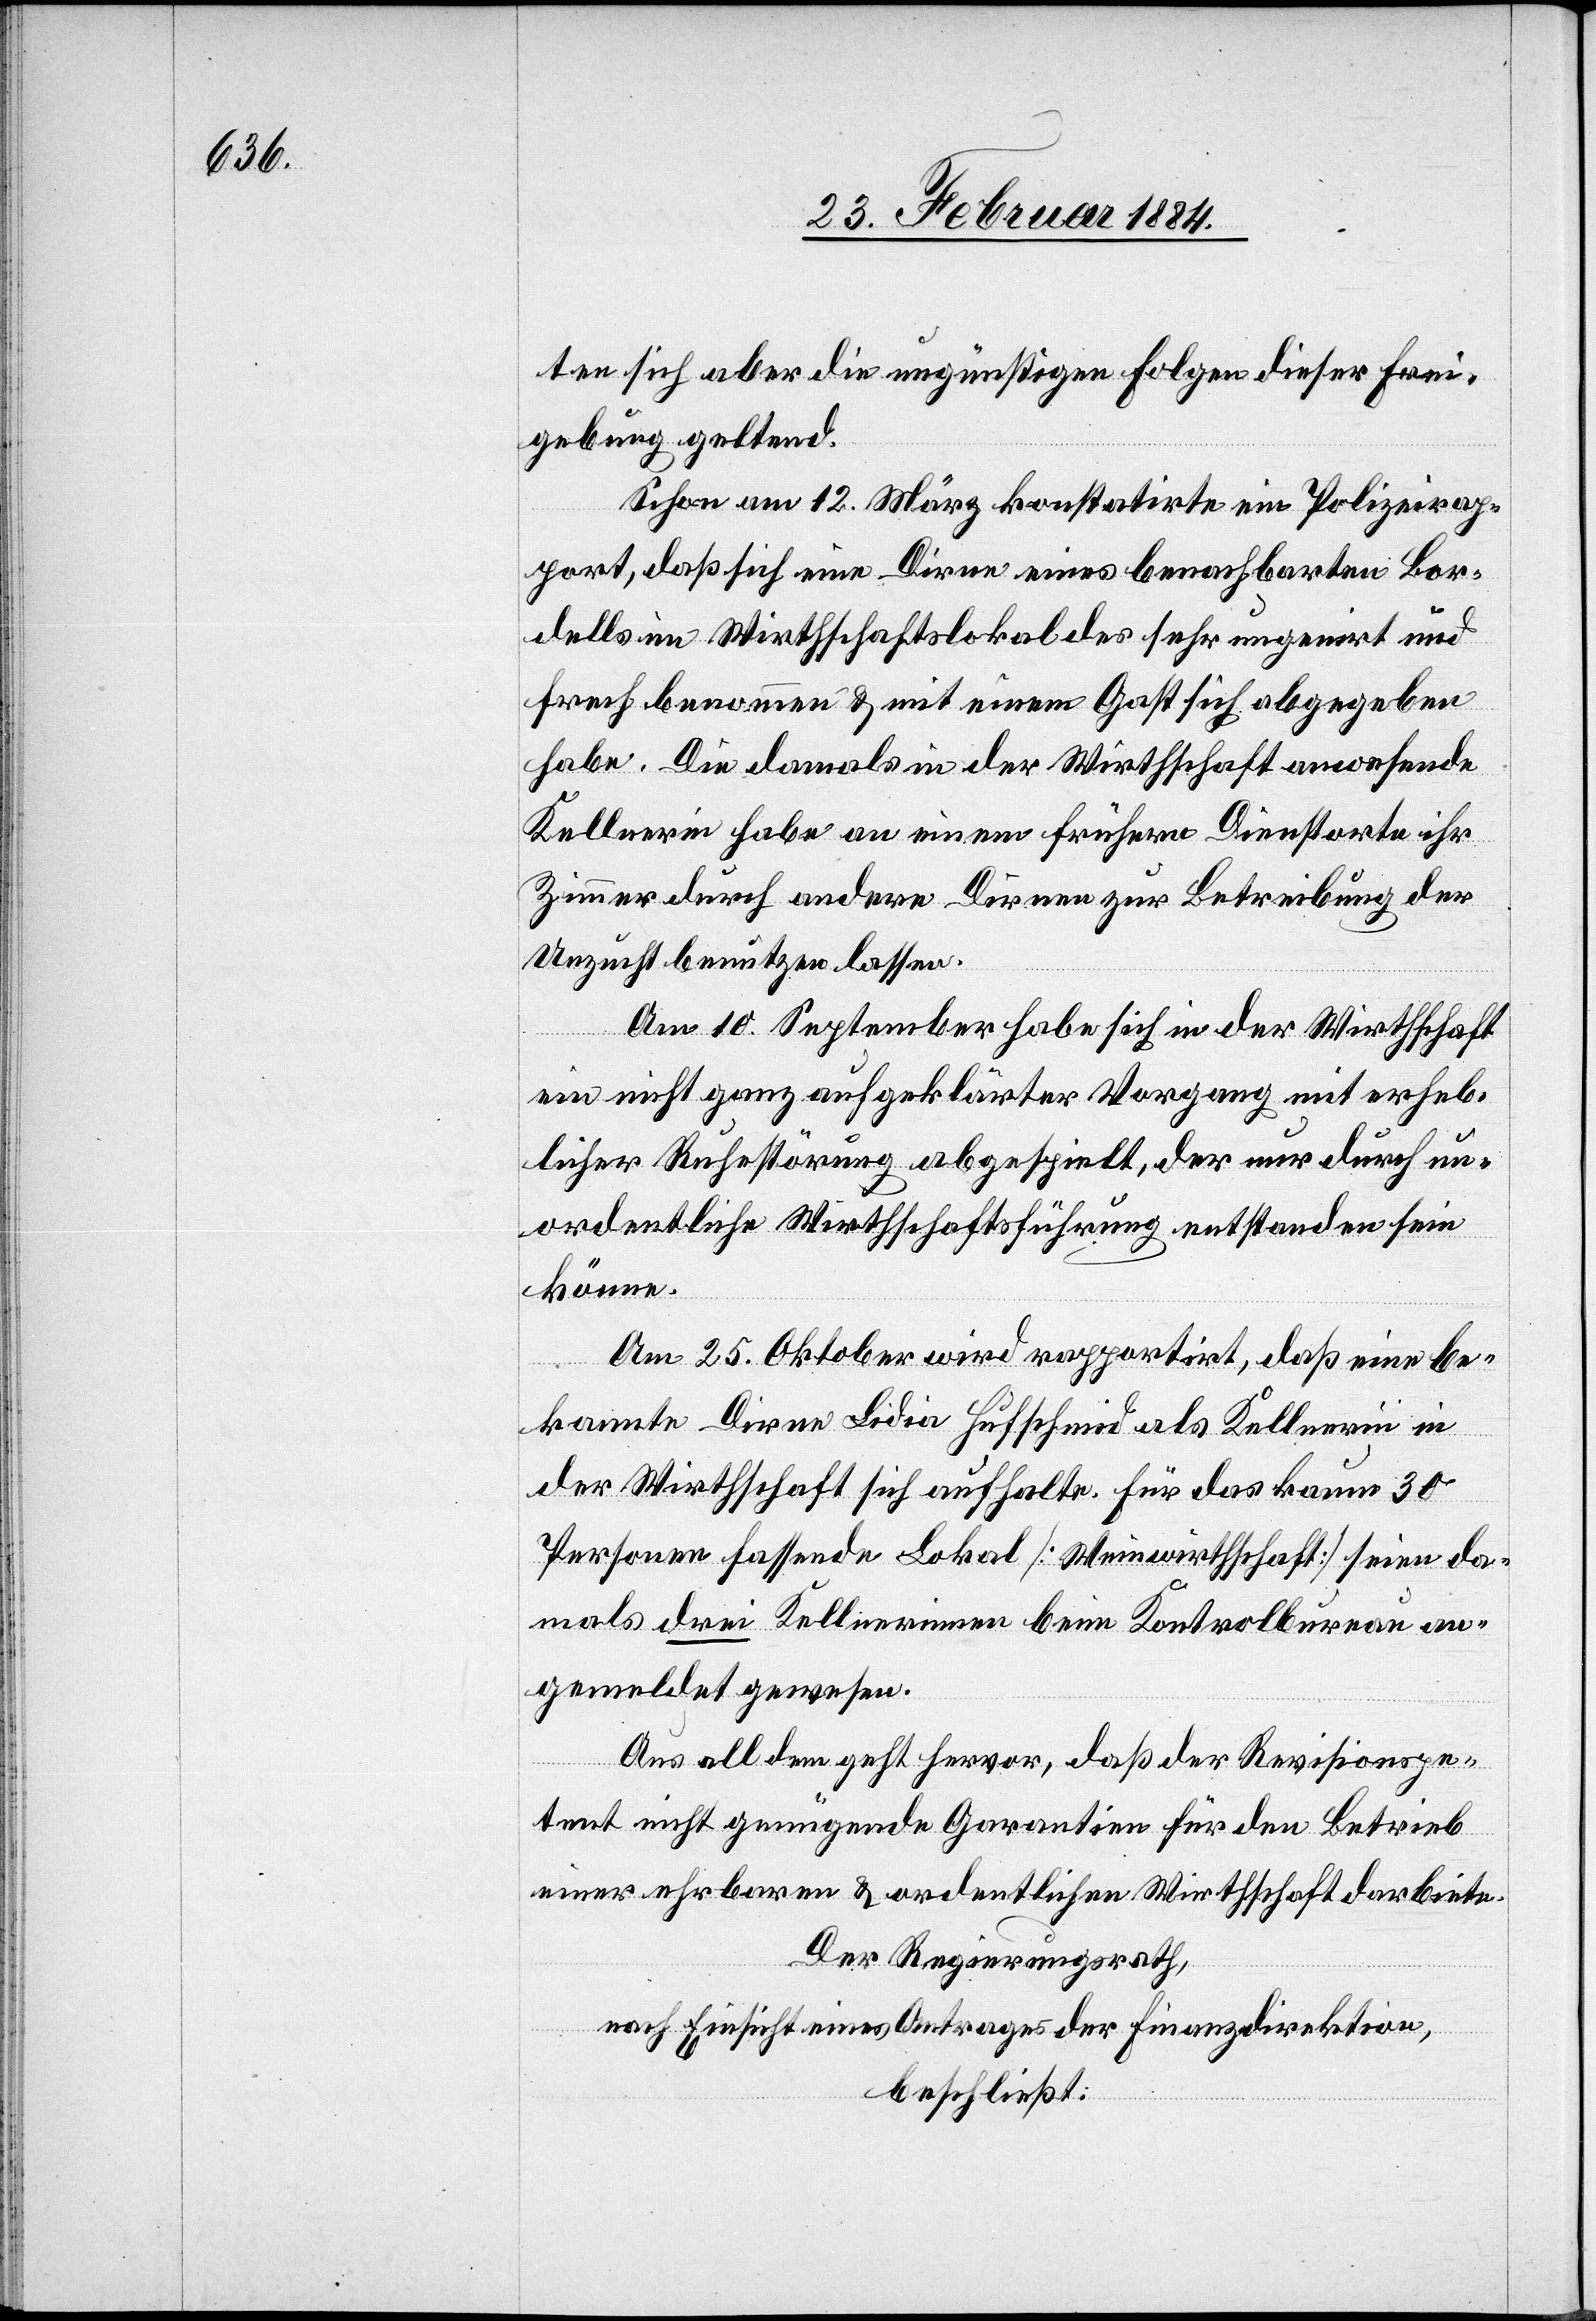
ten sich aber die ungünstigen Folgen dieser Frei¬
gebung geltend.
Schon am 12. März konstatirte ein Polizeirap¬
port, daß sich eine Dirne eines benachbarten Bor¬
dells im Wirthschaftslokale sehr ungenirt und
frech benommen & mit einem Gast sich abgegeben
habe. Die damals in der Wirthschaft anwesende
Kellnerin habe an einem frühern Dienstorte ihr
Zimmer durch andere Dirnen zur Betreibung der
Unzucht benutzen lassen.
Am 10. September habe sich in der Wirthschaft
ein nicht ganz aufgeklärter Vorgang mit erheb¬
licher Ruhestörung abgespielt, der nur durch un¬
ordentliche Wirthschaftsführung entstanden sein
könne.
Am 25. Oktober wird rapportirt, daß eine be¬
kannte Dirne Lidia Hufschmid als Kellnerin in
der Wirtschaft sich aufhalte. Für das kaum 30
Personen fassende Lokal [Weinwirthschaft] seien da¬
mals drei Kellnerinnen beim Kontrolbureau an¬
gemeldet gewesen.
Aus all dem geht hervor, daß der Revisionspe¬
tent nicht genügende Garantien für den Betrieb
einer ehrbaren & ordentlichen Wirthschaft darbiete.
Der Regierungsrath,
nach Einsicht eines Antrages der Finanzdirektion,
beschließt: